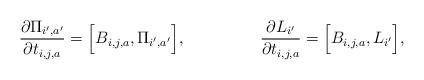
LaTeX: \begin{align*}\frac{\partial \Pi_{i',a'}}{\partial t_{i,j,a}}&=\Big[B_{i,j,a}, \Pi_{i',a'}\Big], &\frac{\partial L_{i'}}{\partial t_{i,j,a}}&=\Big[B_{i,j,a}, L_{i'}\Big],\end{align*}